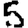
Digit: 5